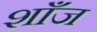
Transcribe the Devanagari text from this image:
शाँज